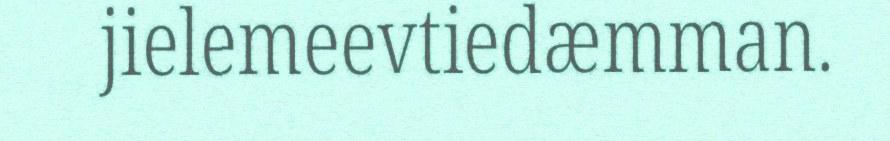
jielemeevtiedæmman.